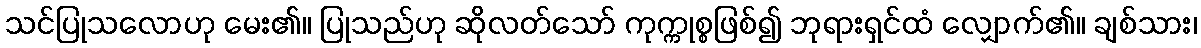
သင်ပြုသလောဟု မေး၏။ ပြုသည်ဟု ဆိုလတ်သော် ကုက္ကုစ္စဖြစ်၍ ဘုရားရှင်ထံ လျှောက်၏။ ချစ်သား၊